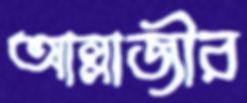
আল্লাজীর